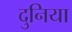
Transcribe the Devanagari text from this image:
दुनिया